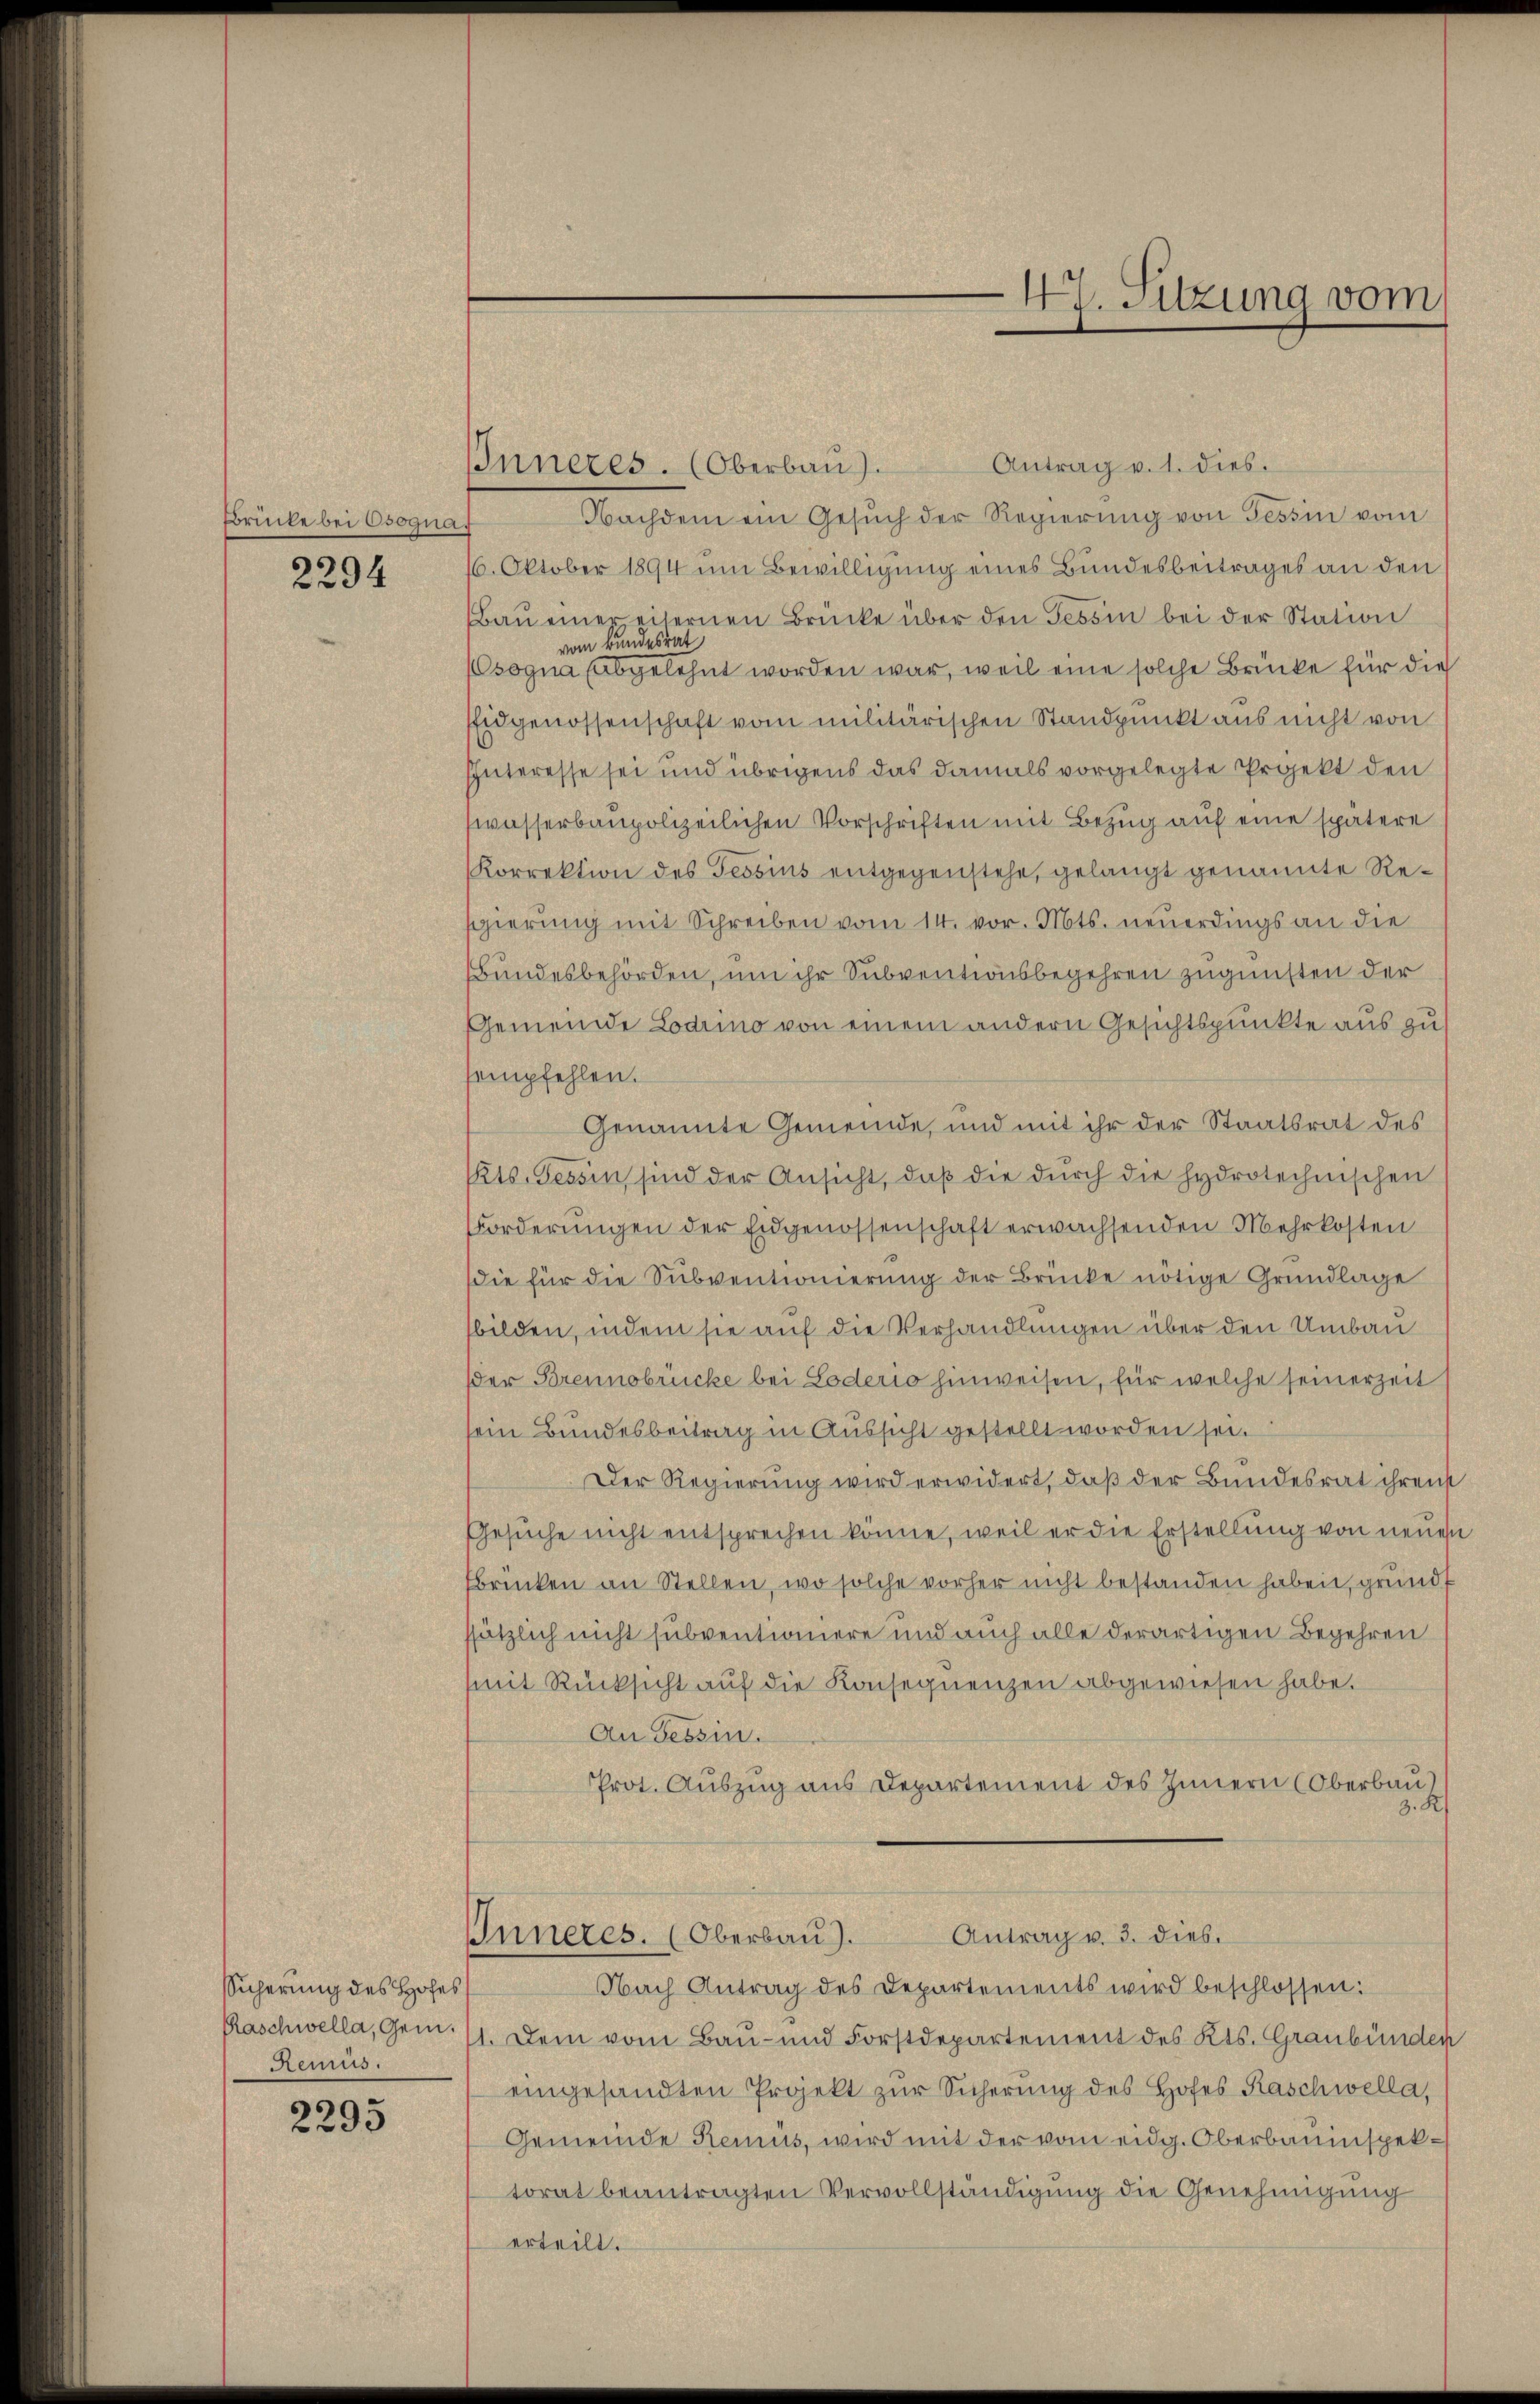
Brücke bei Osogna,

2294

Sicherung des Hofes
Raschwella, Gem.
Remüs.

2295

Inneres. (Oberbaŭ). Antrag v. 1. dies.
Nachdem ein Gesŭch der Regierŭng von Tessin vom
6. Oktober 1894 im Bewilligung eines Bundesbeitrages an den
Bau einereiternen Brücke über den Tessin bei der Station
vom Bundesrat
sogna (abgelehnt worden war, weil eine solche Brücke für die
Eidgenossenschaft vom militärischen Standpunkt aus nicht von
IInteresse sei und übrigens das damals vorgelegte Projekt den
swasserbaupolizeilichen Vorschriften mit Bezug auf eine spätere
Korrektion des Tessius entgegenstehe, gelangt genannte Reegierung mit Schreiben vom 14. vor. Mts. neuerdings an die
Bundesbehörden, um ihr Subventionsbegehren zugunsten der
Gemeinde Lodino von einem andern Gesichtspunkte aus zu
sempfehlen.
Genannte Gemeinde, und mit ihr der Staatsrat des
Kts. Tessin sind der Ansicht, daß die durch die hydrotechnischen
Forderŭngen der Eidgenossenschaft erwachsenden Mehrkosten
die für die Subventionierung der Brücke nötige Grundlage
bilden, indem sie auf die Verhandlungen über den Umbau
der Brennobrücke bei Loderio hinweisen, für welche seinerzeit
sein Bundesbeitrag in Aussicht gestellt worden sei.
Der Regierung wird erwidert, daß der Bundesrat ihrens
Gesŭche nicht entsprechen könne, weil er die Erstellung von neuen
Brücken an Stellen, wo solche vorher nicht bestanden haben, grundt
ssätzlich nicht subventioniere und auch alle derartigen Begehren
mit Rücksicht auf die Konsequenzen abgewiesen habe.
An Tessin.
Prot. Auszug aus Departement des Innern (Oberbau)
z. R.
Antrag u. 3. dies.
Inneres. (Oberbau).
Nach Antrag des Departements wird beschlossen:
1. Dem vom Bau- und Forstdepartement des Kts. Graubünden
eingesandten Projekt zŭr Sicherung des Hofes Kaschwella,
Gemeinde Remus, wird mit der vom eidg. Oberbauinspektorat beantragten Vervollständigung die Genehmigung
erteilt.

47. Sitzung vom